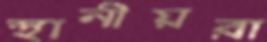
স্থানীয়রা